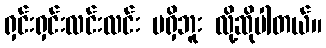
ရှင်းရှင်းလင်းလင်း မရှိဘူး လို့ဆိုပါတယ်။